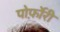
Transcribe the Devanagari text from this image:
पोर्फ़ोरी